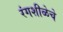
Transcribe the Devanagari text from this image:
रंगशीळेचे